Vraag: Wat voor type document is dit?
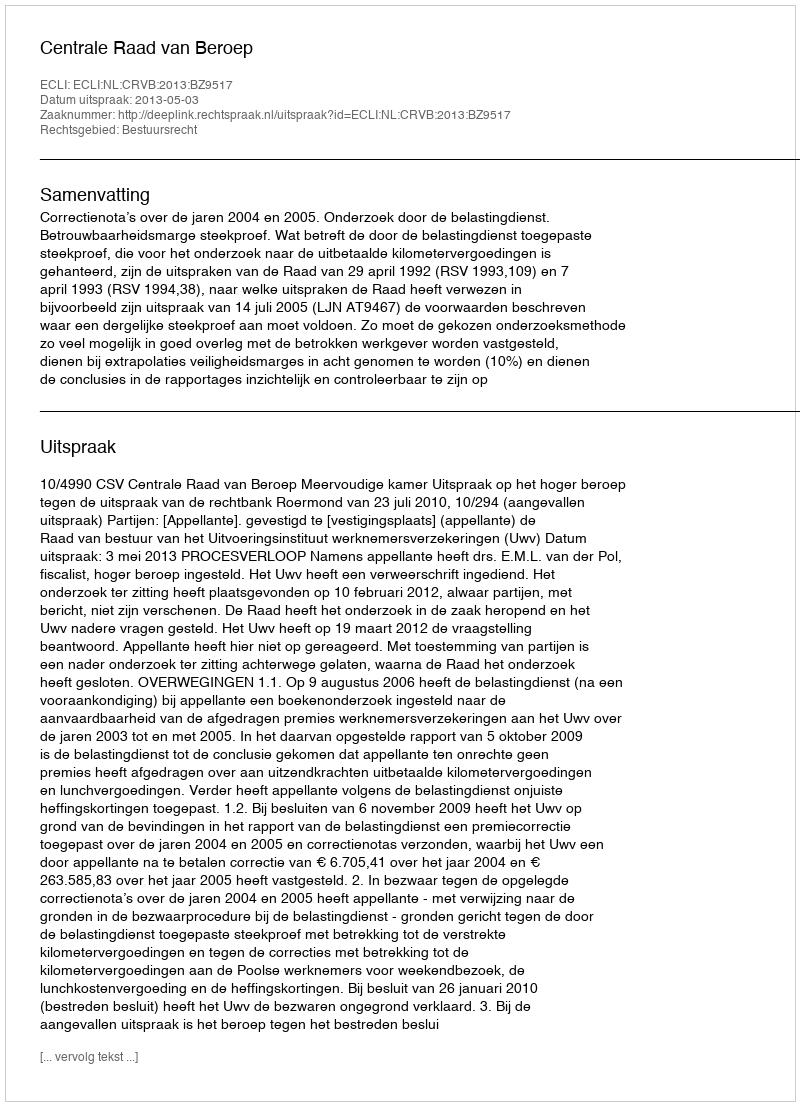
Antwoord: Uitspraak